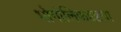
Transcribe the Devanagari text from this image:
भौगोलिकदृष्टय़ा